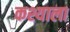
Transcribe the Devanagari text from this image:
कश्याला